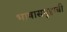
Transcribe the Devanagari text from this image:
भाषासमूहाची